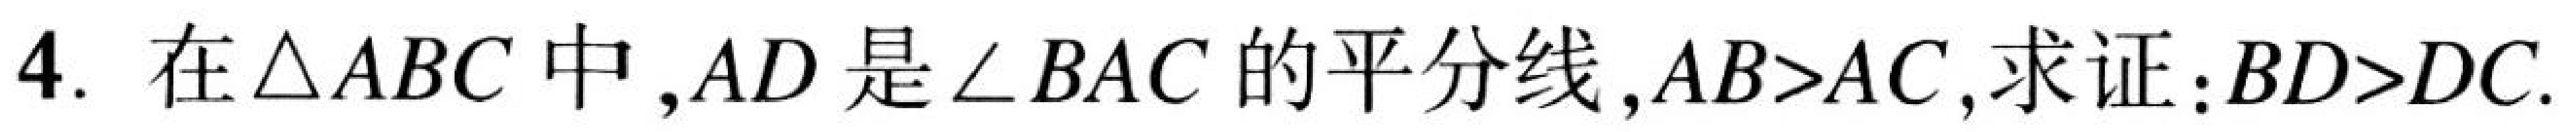
4. 在\(\triangle ABC\)中，\(AD\)是\(\angle BAC\)的平分线，\(AB>AC\)，求证：\(BD>DC\).